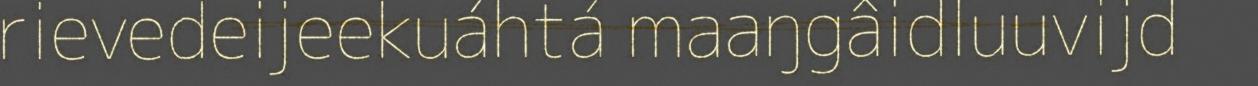
rievedeijeekuáhtá maaŋgâidluuvijd